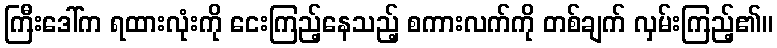
ကြီးဒေါ်က ရထားလုံးကို ငေးကြည့်နေသည့် စကားလက်ကို တစ်ချက် လှမ်းကြည့်၏။